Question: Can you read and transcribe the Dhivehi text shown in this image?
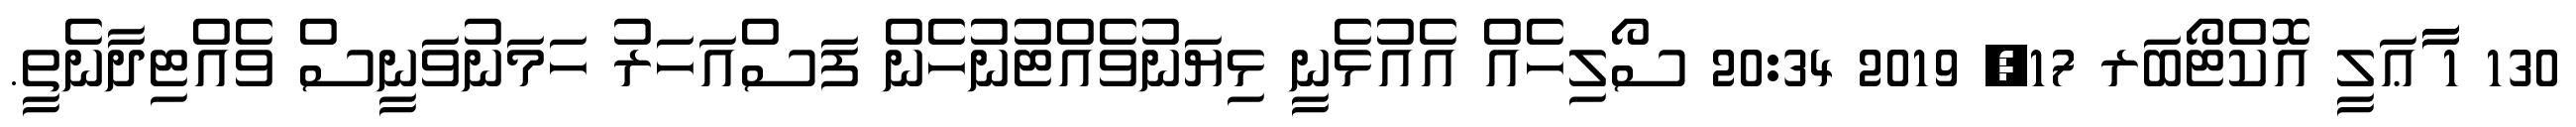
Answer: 130 1 ާާާޢަލީ އޮކްޓޯބަރ 17, 2019 20:34 ސޯލިހެއް އެއުޅެނީ ޅިޔަނުވެއްޓުނުހެން ފަސްއަހަރު ހަމަނުވަނީސް ވެއްޓިދާނެތީ.